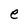
Character: e